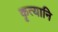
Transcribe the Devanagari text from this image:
कृत्यानि